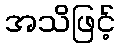
အသိဖြင့်